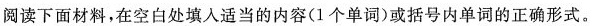
阅读下面材料，在空白处填入适当的内容(1个单词)或括号内单词的正确形式。